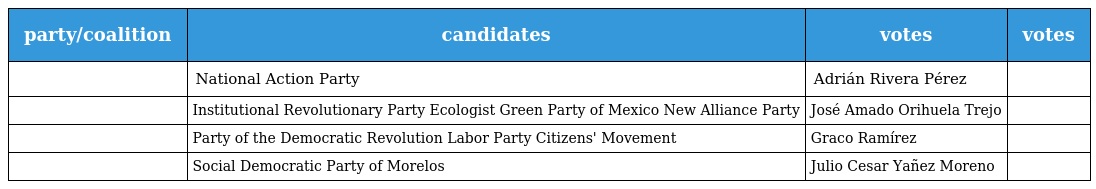
| party/coalition | candidates | votes | votes |
 | --- | --- | --- | --- |
 |  | National Action Party | Adrián Rivera Pérez |  |
 |  | Institutional Revolutionary Party Ecologist Green Party of Mexico New Alliance Party | José Amado Orihuela Trejo |  |
 |  | Party of the Democratic Revolution Labor Party Citizens' Movement | Graco Ramírez |  |
 |  | Social Democratic Party of Morelos | Julio Cesar Yañez Moreno |  |